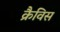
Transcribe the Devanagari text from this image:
क्रैविस